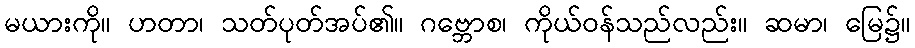
မယားကို။ ဟတာ၊ သတ်ပုတ်အပ်၏။ ဂဗ္ဘောစ၊ ကိုယ်ဝန်သည်လည်း။ ဆမာ၊ မြေ၌။